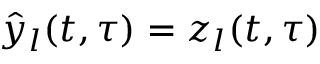
\hat { y } _ { l } ( t , \tau ) = z _ { l } ( t , \tau )